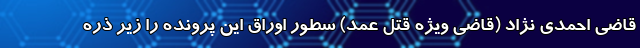
قاضی احمدی نژاد (قاضی ویژه قتل عمد) سطور اوراق این پرونده را زیر ذره